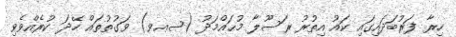
ހިރާ ފަރުބަދައިގައި ކައު އިތުރު ރަސޫލާ މުޙައްމަދު (ޞޢވ) ވަގުތުތައް ހޭދަ ކުރެއްވެވި